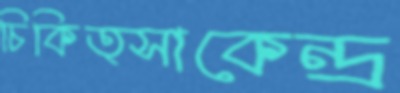
চিকিত্সাকেন্দ্র